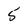
Character: 5